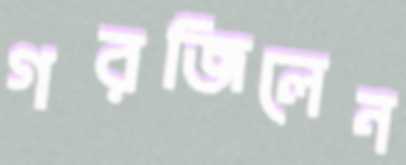
গরজিলেন